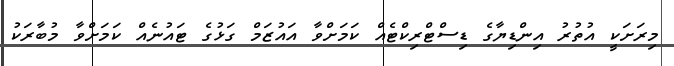
މިރަށަކީ އުތުރު އިންޑިޔާގެ ޑިސްޓްރިކްޓެއް ކަމަށްވާ އައުޒަމް ގަޅުގެ ޓައުނެއް ކަމަށްވާ މުބާރަކު